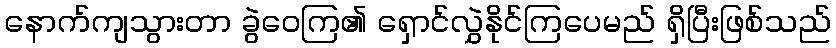
နောက်ကျသွားတာ ခွဲဝေကြ၏ ရှောင်လွှဲနိုင်ကြပေမည် ရှိပြီးဖြစ်သည်